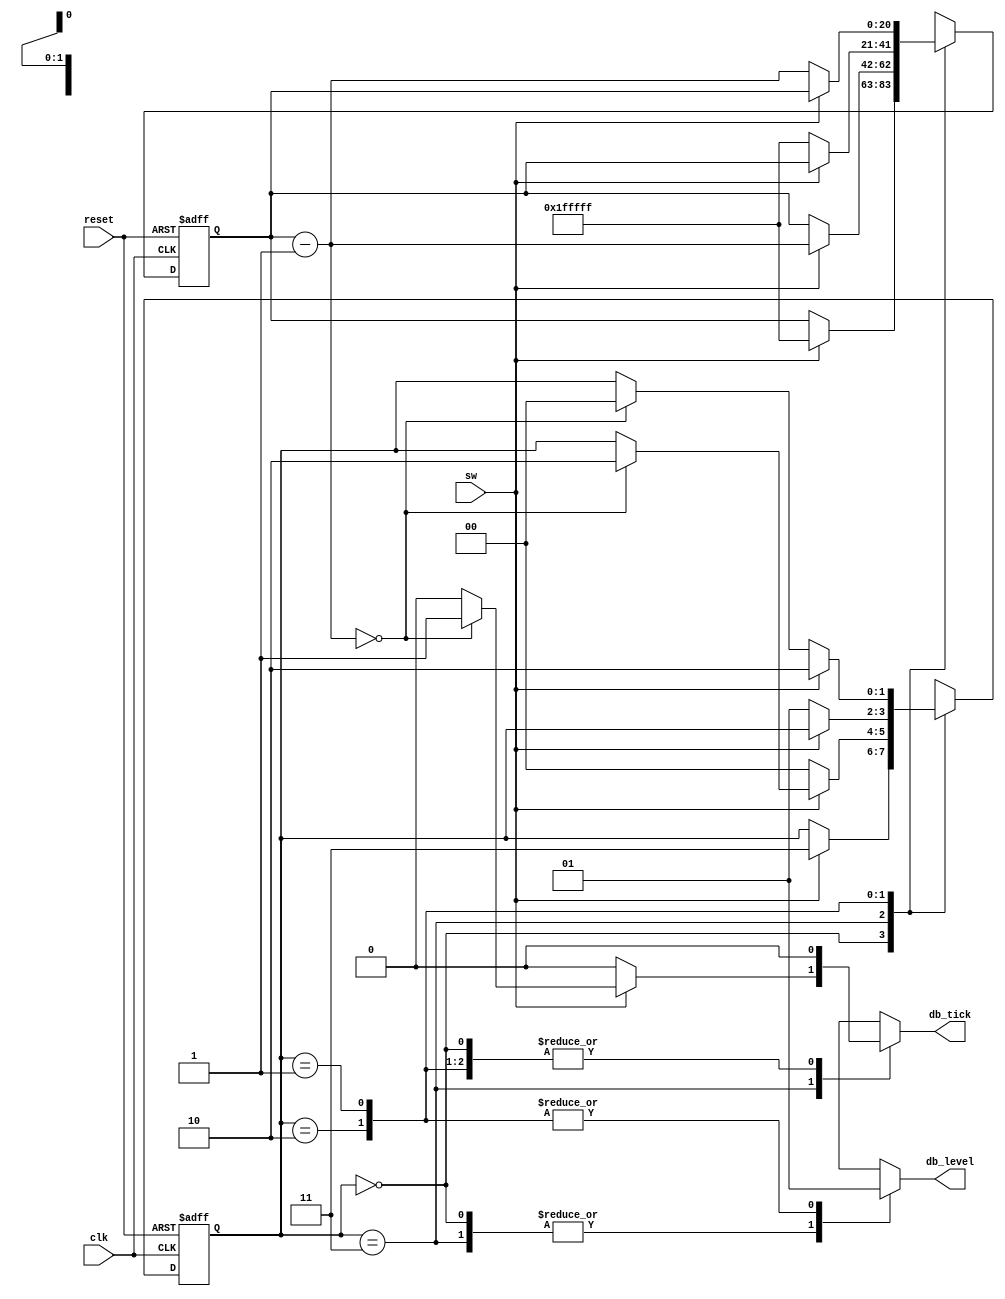
//---------------------------------------------------------------------------
// SharkBoad ExampleModule
// Josnelihurt Rodriguez - Fredy Segura Q.
// josnelihurt@gmail.com
// Top Level Design for the Xilinx Spartan 3-100E Device
//---------------------------------------------------------------------------

/*#
# SharkBoad
# Copyright (C) 2012 Bogot, Colombia
#
# This program is free software: you can redistribute it and/or modify
# it under the terms of the GNU General Public License as published by
# the Free Software Foundation, version 3 of the License.
#
# This program is distributed in the hope that it will be useful,
# but WITHOUT ANY WARRANTY; without even the implied warranty of
# MERCHANTABILITY or FITNESS FOR A PARTICULAR PURPOSE.  See the
# GNU General Public License for more details.
#
# You should have received a copy of the GNU General Public License
# along with this program.  If not, see <http://www.gnu.org/licenses/>.
#*/

/*
  _________.__                  __   __________                       .___
 /   _____/|  |__ _____ _______|  | _\______   \ _________ _______  __| _/
 \_____  \ |  |  \\__  \\_  __ \  |/ /|    |  _//  _ \__  \\_  __ \/ __ | 
 /        \|   Y  \/ __ \|  | \/    < |    |   (  <_> ) __ \|  | \/ /_/ | 
/_______  /|___|  (____  /__|  |__|_ \|______  /\____(____  /__|  \____ | 
        \/      \/     \/           \/       \/           \/           \/ 

*/
// Based on Pong P. Chu - FPGA Prototyping by Verilog Examples
// Listing 6.2
module debounce
   (
    input wire clk, reset,
    input wire sw,
    output reg db_level, db_tick
   );

   // symbolic state declaration
   localparam  [1:0]
               zero  = 2'b00,
               wait0 = 2'b01,
               one   = 2'b10,
               wait1 = 2'b11;

   // number of counter bits (2^N * 20ns = 40ms)
   localparam N=21;

   // signal declaration
   reg [N-1:0] q_reg, q_next;
   reg [1:0] state_reg, state_next;

   // body
   // fsmd state & data registers
    always @(posedge clk, posedge reset)
       if (reset)
          begin
             state_reg <= zero;
             q_reg <= 0;
          end
       else
          begin
             state_reg <= state_next;
             q_reg <= q_next;
          end

   // next-state logic & data path functional units/routing
   always @*
   begin
      state_next = state_reg;   // default state: the same
      q_next = q_reg;           // default q: unchnaged
      db_tick = 1'b0;           // default output: 0
      case (state_reg)
         zero:
            begin
               db_level = 1'b0;
               if (sw)
                  begin
                     state_next = wait1;
                     q_next = {N{1'b1}}; // load 1..1
                  end
            end
         wait1:
            begin
               db_level = 1'b0;
               if (sw)
                  begin
                     q_next = q_reg - 1;
                     if (q_next==0)
                        begin
                           state_next = one;
                           db_tick = 1'b1;
                        end
                  end
               else // sw==0
                  state_next = zero;
            end
         one:
            begin
               db_level = 1'b1;
               if (~sw)
                  begin
                     state_next = wait0;
                     q_next = {N{1'b1}}; // load 1..1
                  end
            end
         wait0:
            begin
               db_level = 1'b1;
               if (~sw)
                  begin
                     q_next = q_reg - 1;
                     if (q_next==0)
                        state_next = zero;
                  end
               else // sw==1
                  state_next = one;

            end
         default: state_next = zero;
      endcase
   end

endmodule